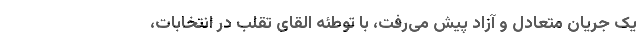
یک جریان متعادل و آزاد پیش می‌رفت، با توطئه القای تقلب در انتخابات،